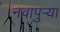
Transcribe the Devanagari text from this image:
नवापुर्‍या